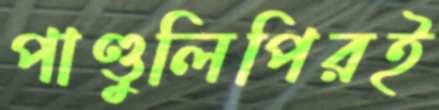
পাণ্ডুলিপিরই